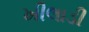
ખીલાડી